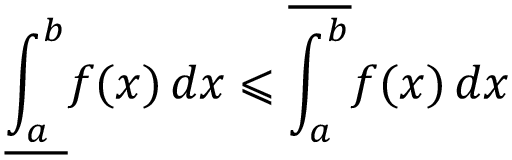
{ \underline { { \int _ { a } ^ { b } } } } f ( x ) \, d x \leqslant { \overline { { \int _ { a } ^ { b } } } } f ( x ) \, d x